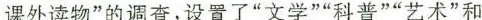
课外读物”的调查，设置了”文学””科普””艺术”和